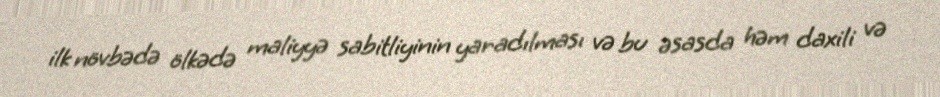
ilk növbədə ölkədə maliyyə sabitliyinin yaradılması və bu əsasda həm daxili və